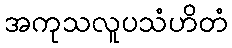
အကုသလူပသံဟိတံ